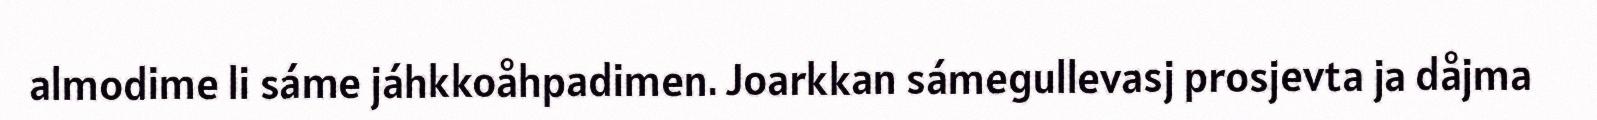
almodime li sáme jáhkkoåhpadimen. Joarkkan sámegullevasj prosjevta ja dåjma